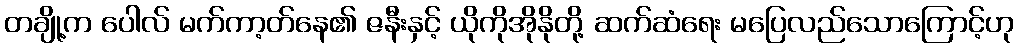
တချို့က ပေါလ် မက်ကာ့တ်နေ၏ ဇနီးနှင့် ယိုကိုအိုနိုတို့ ဆက်ဆံရေး မပြေလည်သောကြောင့်ဟု